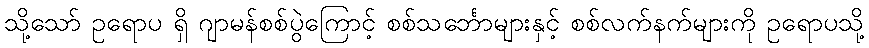
သို့သော် ဥရောပ ရှိ ဂျာမန်စစ်ပွဲကြောင့် စစ်သင်္ဘောများနှင့် စစ်လက်နက်များကို ဥရောပသို့